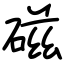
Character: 磁